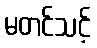
မတင်သင့်